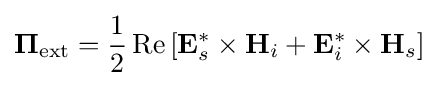
\mathbf {\Pi } _{\text{ext}}={\frac {1}{2}}\operatorname {Re} \left[\mathbf {E} _{s}^{*}\times \mathbf {H} _{i}+\mathbf {E} _{i}^{*}\times \mathbf {H} _{s}\right]